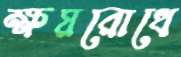
ক্ষয়রোধে